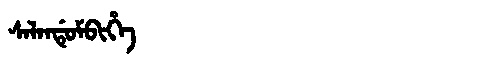
Manchu: ᠰᠠᠯᠠᠨᡩᡠᠮᠪᡳᡥᡝ
Romanization: SALANDUMBIHE